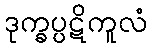
ဒုက္ခပ္ပဋိကူလံ